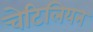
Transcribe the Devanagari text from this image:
चेटिलियन